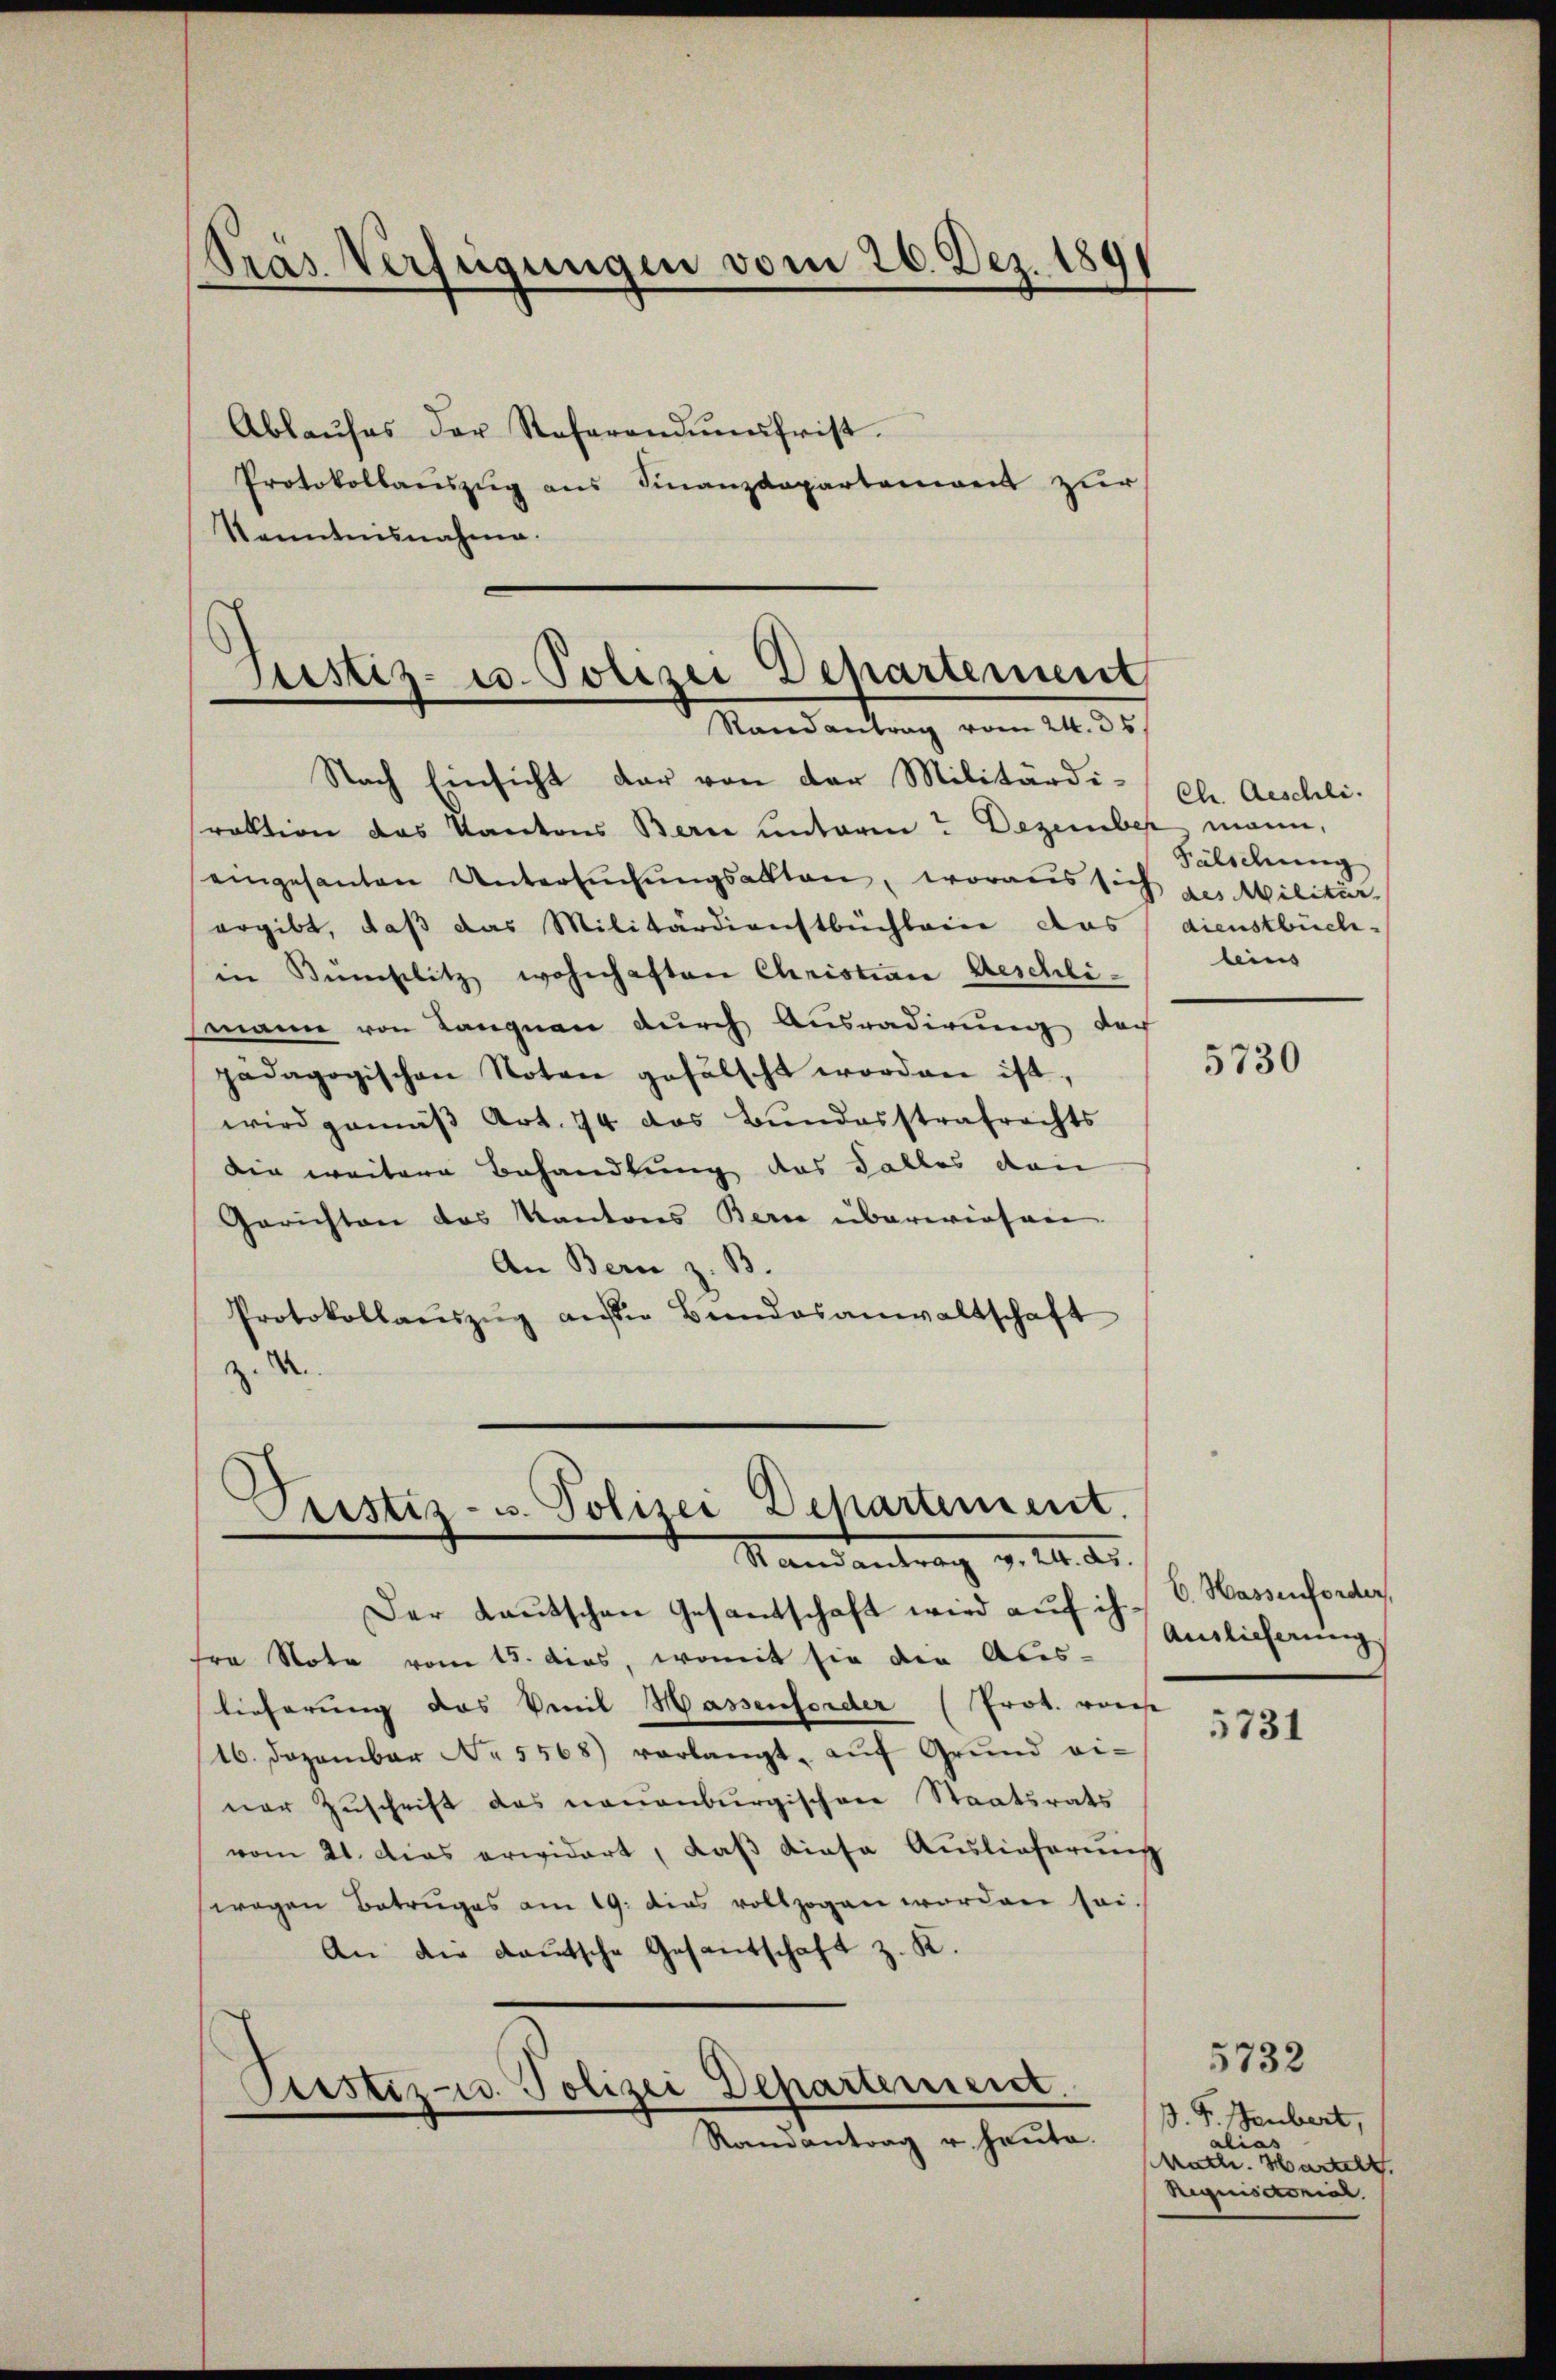
Kras Verfügungen vom 26. Dez. 1891

Kenntnisnahme.

Nach Einsicht dar von der Militärdi- Chr. Aeschli-
raktion das Kantons Berne unterm? Dezember mann,
eingesanten Untersuchungsalten, woraus sich des Militär-
ergibt, daß das Militärdienstbüchlein das
in Künstlitz wohnhaften Christian Aeschlimann von Langnau durch Ausradirung der
pädagogischen Noten gefälscht worden ist,
wird gemäβ Art. 94 das Bundesstrafrechts
die weitere Behandlung des Falles den
Gerichten des Kantons Bern überwiesen
An Bern z. B.
Protokollaŭszŭg aŭsser Bundesanwaltschaft
z.

Der Lautschen Gesantschaft wird auf ih V. Hassenforder
fre Note vom 15. dies, womit sie der Aus-
lieferung das Venil Hassenforder (Prot. vors
16. Dezember No. 5568) vorlangt, aŭf Grŭnd ei-
ner Zuschrift das neuenburgischen Staatsrats
vom 21. das erwidert, daß diese Auslieferung
wegen Betruges am 19. dies vollzogen worden sei
An die deutsche Gesantschaft z. K.
Perstiz-co Polizei Departement.
Ramantrag u. heute.

Ablaŭfes der Referandŭngsfrist.
Protokollaŭszŭg ans Finanzdepartenweis zur

Justiz- u. Polizei Departement
Randantrag vom 24. 35

Justiz- u. Polizei Dehartement.
Randantrag v. M. D.

Fälschung
dienstbuch.
leins

5730

Auslieferung

5731

B. F. Heubert,
lin
Math. Hartelt.
Requisitorial

5732